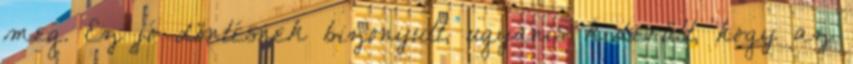
meg. Ez jó döntésnek bizonyult, ugyanis kiderült, hogy az